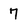
Character: 7